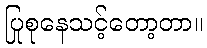
ပြုစုနေသင့်တော့တာ။